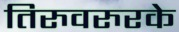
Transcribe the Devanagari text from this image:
तिरुवरुरके